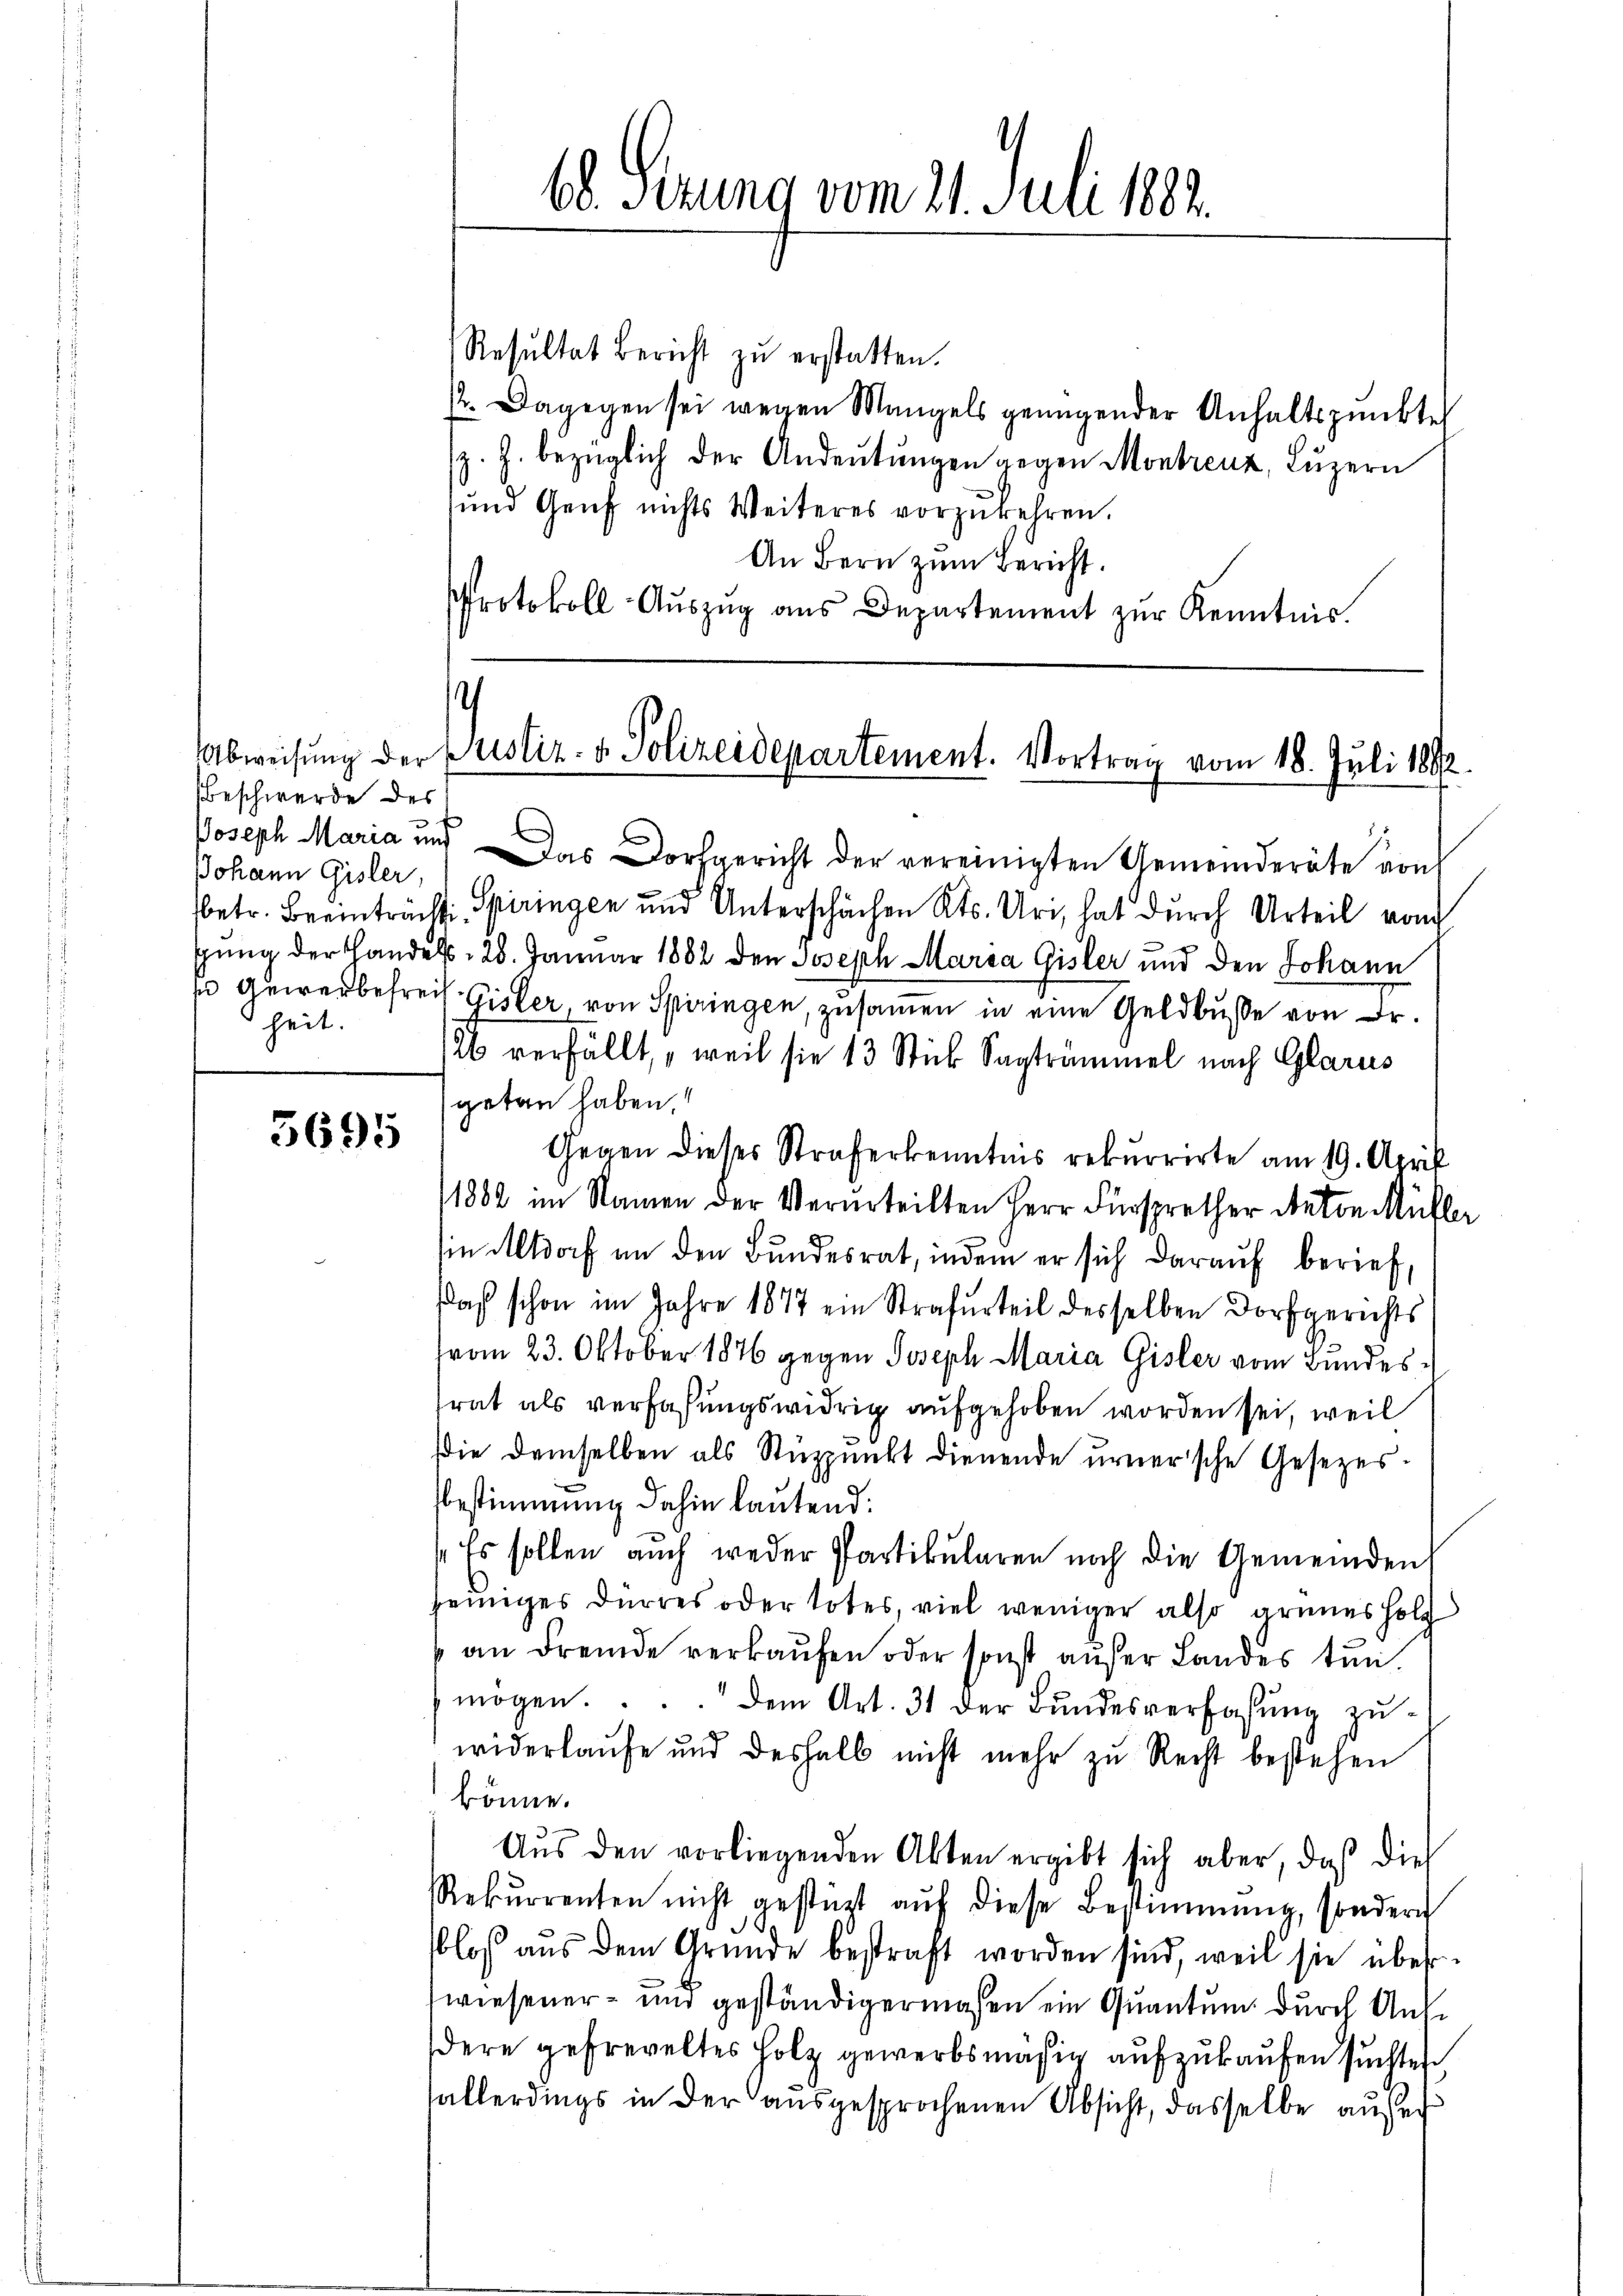
Abweisung der
Beschwerde des
Johann Gisler,
heit.

3695

68. Sizung vom 21. Juli 1882.

Resultat Bericht zŭ erstatten.
12. Dagegen sei wegen Mangels genügender Anhaltspunkte
z. Z. bezüglich der Andeutungen gegen Montreuz, Luzern
und Genf nichts Weiteres vorzukehren.
An Bern zum Bericht.
Protokoll Aŭszŭg ans Departement zŭr Kenntnis.

Justiz- & Polizeidepartement. Vortrag vom 18. Juli 1892.

Joseph Maria und das Dorfgericht der vereinigten Gemeinderäte von
betr. Beeinträcht, Spiringen und Unterschächen Kts. Uri, hat dŭrch Urteil von
sung der Handels 20. Januar 1882 den Joseph Maria Gisler und den Johann
E Auwerbefreis Gisler, von Spiringen, zusammen in eine Geldbuße von Dr.
/26 verfällt, „weil sie 13 Stick Sagtrümmel nach Glarus
getan haben.
Gegen dieses Straferkenntnis rekurrirte am 19. April
1882 im Namen der Verurteilten Herr Fürsprecher Naton Müller
sin Altdorf an den Bundesrat, indem er sich daraŭf berief,
aß schon im Jahre 1877 ein Strafurteil desselben Dorfgerichts
(vom 23. Oktober 1876 gegen Joseph Maria Gisler vom Bundesrat als verfassungswidrig aufgehoben worden sei, weil
Die demselben als Stüzpunkt dienende urner’sche Gesezes-
Bestimmung dahin lautend:
Es sollen auch weder Partikularen noch die Gemeinden
jeiniges Dürres oder totes, viel weniger also grünes Holz
an Fremde verkaufen oder sonst außer Landes tun.
mögen.... dem Art. 31 der Bundesverfassung zuwiderlaufe und deshalb nicht mehr zu Recht bestehen
könne.
Aus den vorliegenden Akten ergibt sich aber, daß dies
Rekŭrrenten nicht gestüzt aŭf diese Bestimmung, sondern
slos aus dem Gründe bestraft worden sind, weil sie über
wiesener- und geständigermaßen ein Quantum durch Ausdere gefreveltes Holz gewerbsmäßig aufzukaufen suchte
allerdings in der ausgesprochenen Absicht, dasselbe aufe